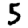
Digit: 5